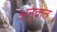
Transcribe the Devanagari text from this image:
अनुवात